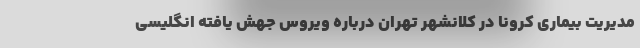
مدیریت بیماری کرونا در کلانشهر تهران درباره ویروس جهش یافته انگلیسی